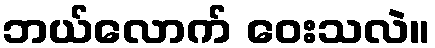
ဘယ်လောက် ဝေးသလဲ။